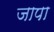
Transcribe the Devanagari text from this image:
जापा